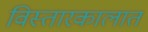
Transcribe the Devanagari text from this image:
विस्तारकालात